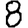
Digit: 8